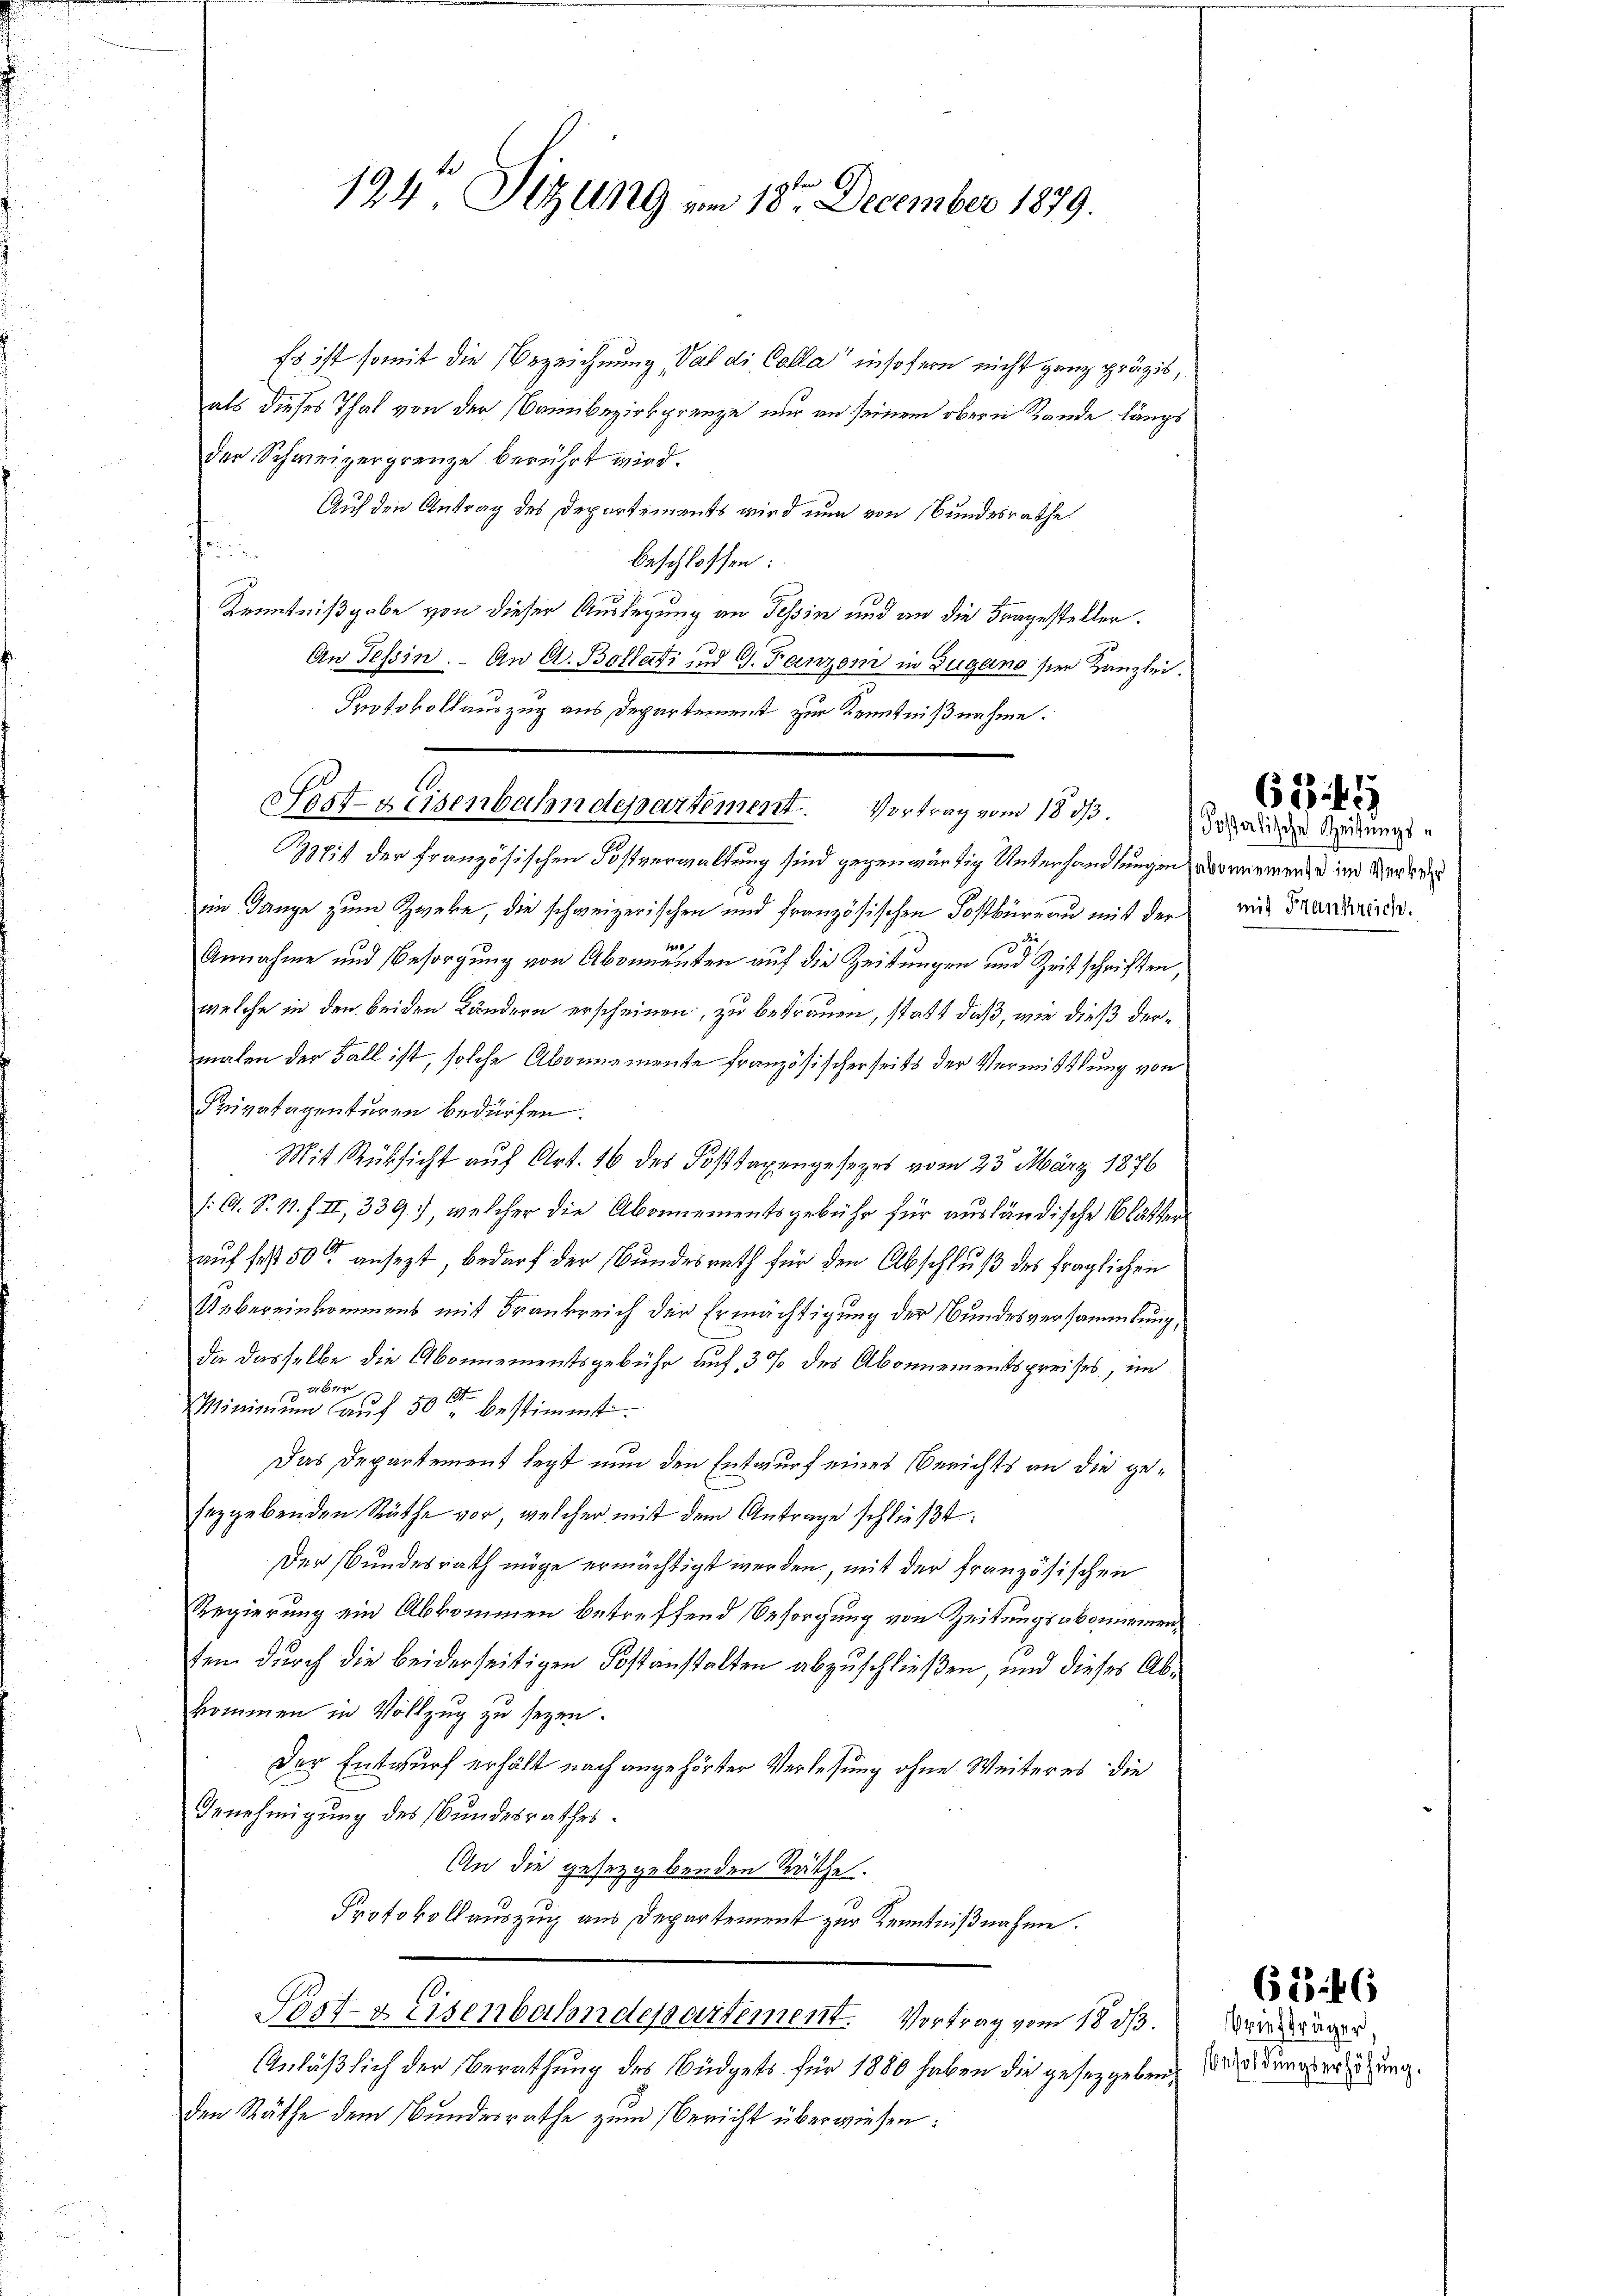
124 Sitzung am 18ten December 1879.

Es ist somit die Bezeichnung, das die Colla insofern nicht ganz präzis,
als dieses That von der Bannbezirksgrenze nur an seinem obern Rande längs
der Schweizergrenze berührt wird.
Auf den Antrag des Departements wird nun von Bundesrathe
finbeschlossen:
Kenntnißgabe von dieser Auslegung an Tessin und an die Fragesteller.
An Tessin. - An A. Bollati und G. Fanzom in Zugano ser Kanzlei.
Protokollauszug aus Departement zur Kenntnißnahme.
Sost- & Eisenbahndepartement. Vortrag vom 18. ds.
Mit der französischen Postverwaltung sind gegenwärtig Unterhandlungen oriemende im Werden
im Gange zum Zweke, die schweizerischen und französischen Postbüreau mit der
114
Annahme und Besorgung von Abdimenten auf die Zeitungen und Zeitschriften,
welche in den beiden Ländern erscheinen, zu betrauen, statt daß, wie dieß dermalen der Fall ist, solche Abonnemente französischerseits der Vermittlung von
Suvatagenturen bedürfen.
Mit Rüksicht auf Art. 16 des Posttaxengesezes vom 23. März 1876
/: A. S. 11. f. II, 339), welcher die Abonnementsgebühr für ausländische Blätter
auf fest 50 ansezt, bedarf der Bundesrath für den Abschluß des fraglichen
Uebereinkommens mit Frankreich der Ermächtigung der Bundesversammlung,
da dasselbe die Abonnementsgebühr auf 3 % des Abonnementspreises, im
bin
1
Minimum auf 50 bestimmt
d
Das Departement legt nun den Entwurf eines Berichts an die gesezgebenden Räthe vor, welcher mit dem Antrage schließt:
Der Bundesrath möge ermächtigt werden, mit der französischen
Regierung ein Abkommen betreffend Besorgung von Zeitungsabonnementen durch die beiderseitigen Kostanstalten abzuschließen, und dieses Abkommen in Vollzug zu seyen.
Der Entwurf erhält nach angehörter Verlesung ohne Weiteres die
Genehmigung des Bundesrathes.
An die gesetzgebenden Räthe.
Protokollauszug aus Departement zur Kenntnißnahme.
Post- & Eisenbahndepartement. Vortrag vom 18 d.
Anläßlich der Berathung des Büdgets für 1880 haben die gesetzgeben, indungsweisung.
den Räthe dem Bundesrathe zum Bericht überwiesen:

Posalische Zeitungsmit Frankreich.

625 f 1

Briefträger.

633. 46